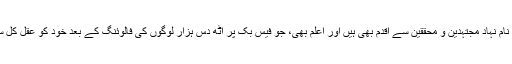
حضرت والا آج کے ان نام نہاد مجتہدین و محققین سے اقدم بھی ہیں اور اعلم بھی، جو فیس بک پر آٹھ دس ہزار لوگوں کی فالوئنگ کے بعد خود کو عقل کل سمجھنے لگ جاتے ہیں۔